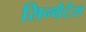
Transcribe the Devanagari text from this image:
सिन्थेटेस